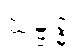
သမ္ဗုဒ္ဓံ